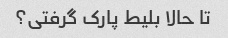
تا حالا بلیط پارک گرفتی؟